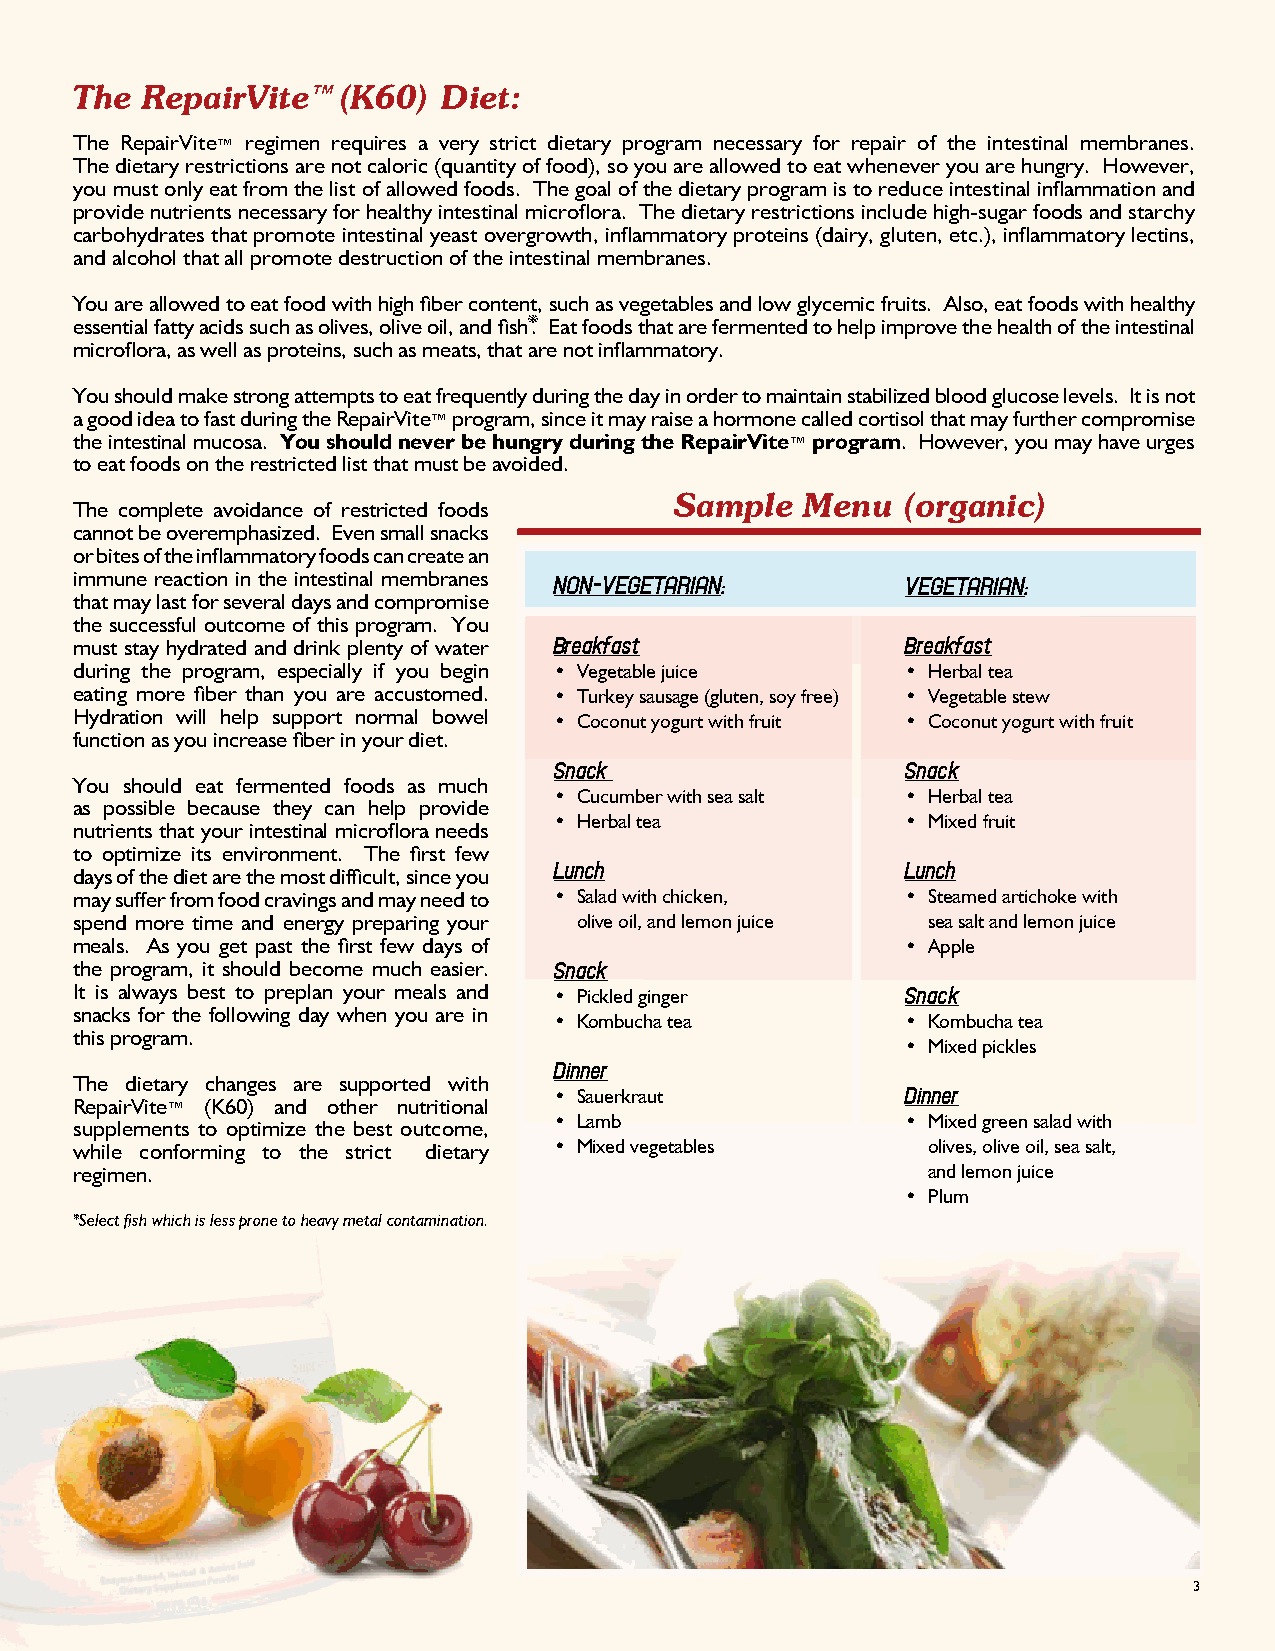
the RepairVite™  (K60)  Diet:
 The RepairVite™ regimen requires a very strict dietary program necessary for repair of the intestinal membranes.
 The dietary restrictions are not caloric (quantity of food), so you are allowed to eat whenever you are hungry. However,
 you must only eat from the list of allowed foods. The goal of the dietary program is to reduce intestinal inflammation and
 provide nutrients necessary for healthy intestinal microflora. The dietary restrictions include high-sugar foods and starchy
 carbohydrates that promote intestinal yeast overgrowth, inflammatory proteins (dairy, gluten, etc.), inflammatory lectins,
 and alcohol that all promote destruction of the intestinal membranes.
 You are allowed to eat food with high fiber content, such as vegetables and low glycemic fruits. Also, eat foods with healthy
 essential fatty acids such as olives, olive oil, and fish*. Eat foods that are fermented to help improve the health of the intestinal
 microflora, as well as proteins, such as meats, that are not inflammatory.
 You should make strong attempts to eat frequently during the day in order to maintain stabilized blood glucose levels. It is not
 a good idea to fast during the RepairVite™ program, since it may raise a hormone called cortisol that may further compromise
 the intestinal mucosa. you should never be hungry during the RepairVite™ program. However, you may have urges
 to eat foods on the restricted list that must be avoided.
 sample  Menu   (organic)
 The complete avoidance of restricted foods
 cannot be overemphasized. Even small snacks
 or bites of the inflammatory foods can create an
 immune reaction in the intestinal membranes
 non-Vegetarian:        Vegetarian:
 that may last for several days and compromise
 the successful outcome of this program. You
 must stay hydrated and drink plenty of water Breakfast Breakfast
 during the program, especially if you begin • Vegetable juice • Herbal tea
 eating more fiber than you are accustomed. • Turkey sausage (gluten, soy free) • Vegetable stew
 Hydration will help support normal bowel • Coconut yogurt with fruit • Coconut yogurt with fruit
 function as you increase fiber in your diet.
 Snack                  Snack
 You should eat fermented foods as much
 • Cucumber with sea salt • Herbal tea
 as possible because they can help provide
 • Herbal tea           • Mixed fruit
 nutrients that your intestinal microflora needs
 to optimize its environment. The first few
 days of the diet are the most difficult, since you Lunch Lunch
 may suffer from food cravings and may need to • Salad with chicken, • Steamed artichoke with
 spend more time and energy preparing your olive oil, and lemon juice sea salt and lemon juice
 meals. As you get past the first few days of           • Apple
 the program, it should become much easier. Snack
 It is always best to preplan your meals and • Pickled ginger Snack
 snacks for the following day when you are in
 • Kombucha tea         • Kombucha tea
 this program.
 • Mixed pickles
 Dinner
 The dietary changes are supported with
 • Sauerkraut           Dinner
 RepairVite™ (K60) and other nutritional
 • Lamb                 • Mixed green salad with
 supplements to optimize the best outcome,
 while conforming to the strict dietary • Mixed vegetables olives, olive oil, sea salt,
 regimen.                                                and lemon juice
 • Plum
 *Select fish which is less prone to heavy metal contamination.
 3